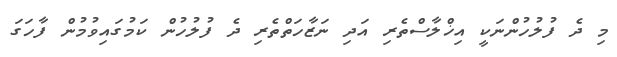
މި ދެ ފުލުހުންނަކީ އިޚްލާސްތެރި އަދި ނަޒާހަތްތެރި ދެ ފުލުހުން ކަމުގައިވުމުން ފާހަގަ